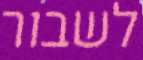
לשבור